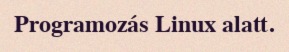
Programozás Linux alatt.